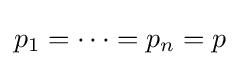
p_{1}=\cdots =p_{n}=p